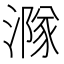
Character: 𣾶